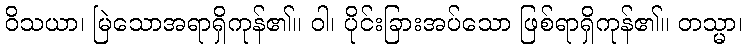
ဝိသယာ၊ မြဲသောအရာရှိကုန်၏။ ဝါ၊ ပိုင်းခြားအပ်သော ဖြစ်ရာရှိကုန်၏။ တသ္မာ၊